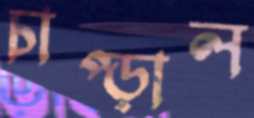
চাপ্‌ড়াল